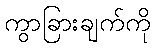
ကွာခြားချက်ကို